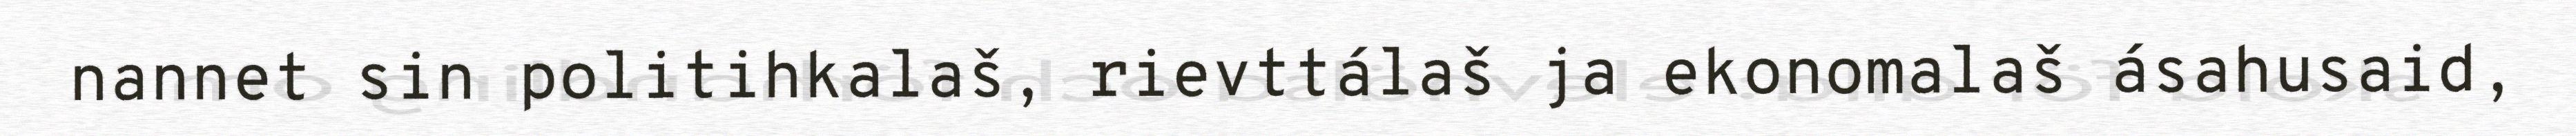
nannet sin politihkalaš, rievttálaš ja ekonomalaš ásahusaid,